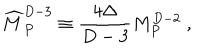
{ \widehat M } _ { P } ^ { D - 3 } \equiv { \frac { 4 \Delta } { D - 3 } } M _ { P } ^ { D - 2 } ~ ,